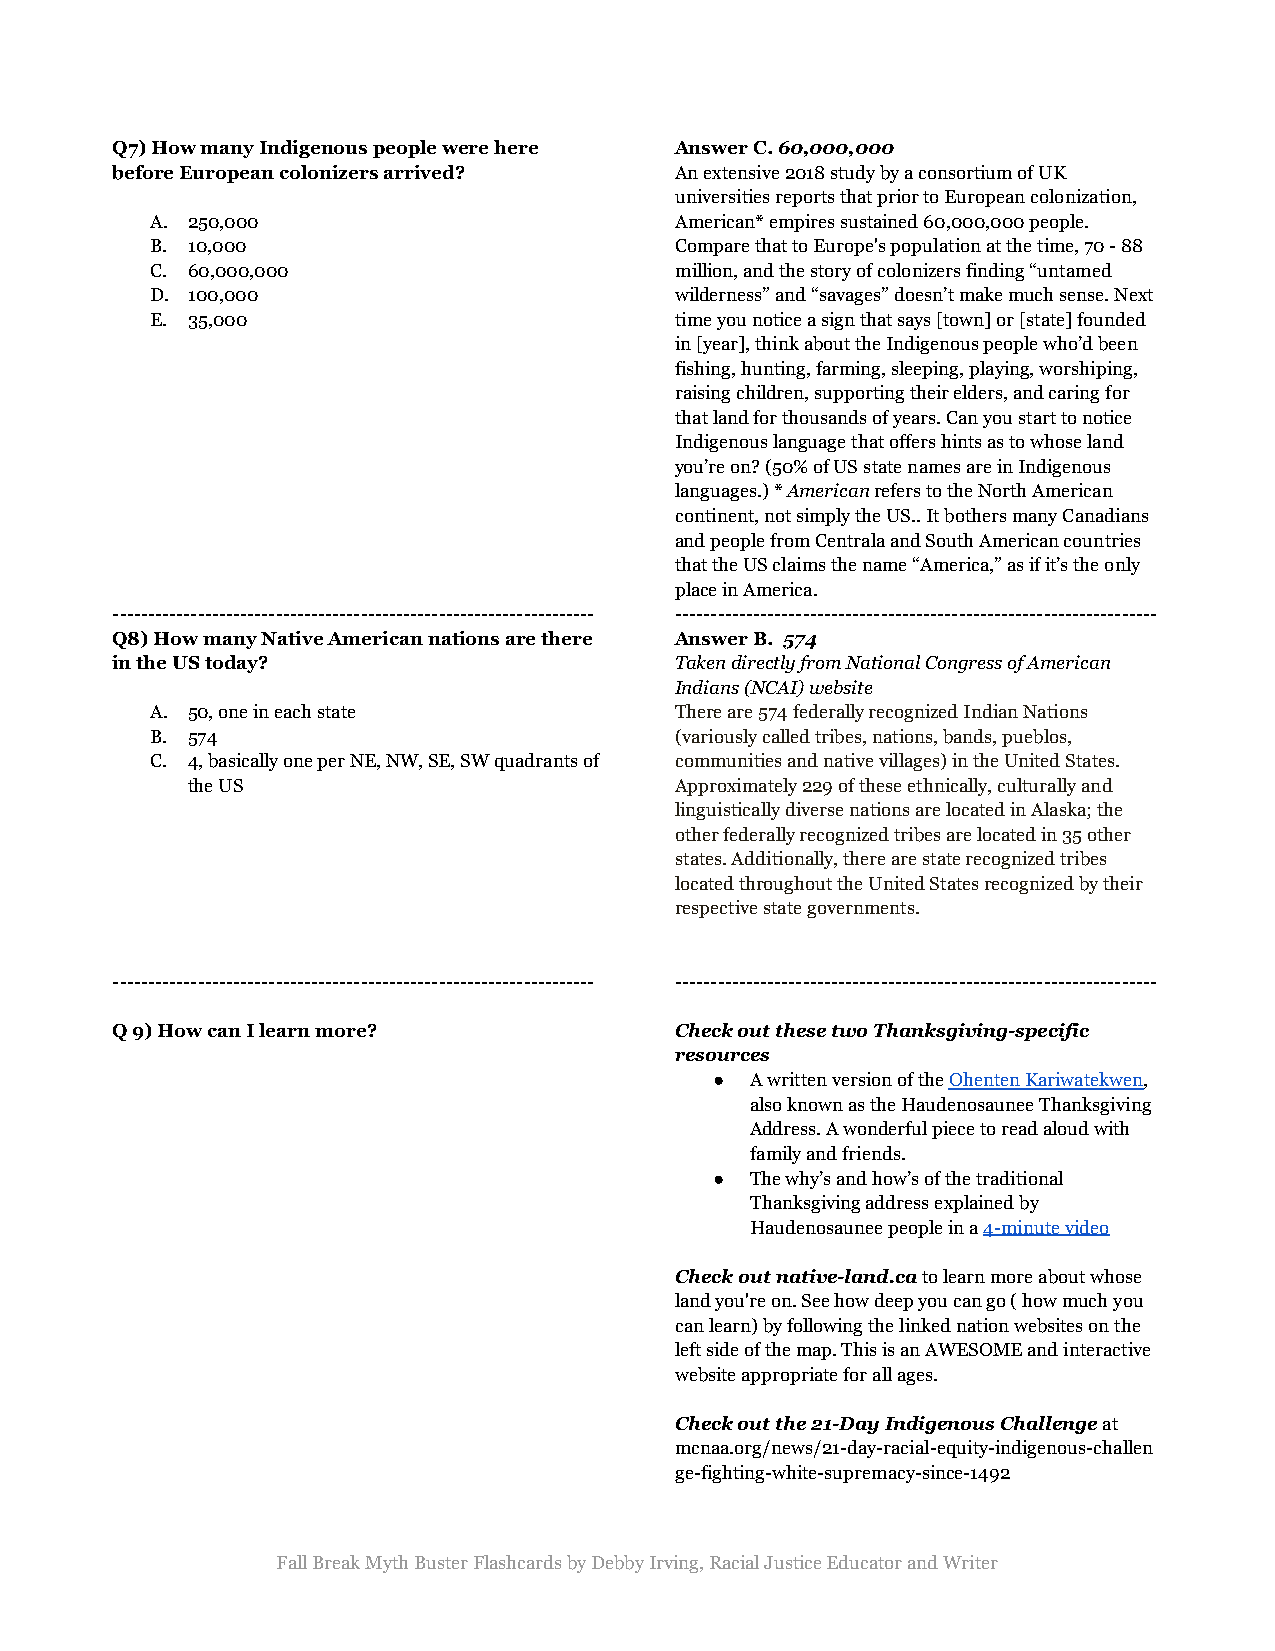
Q7) How many Indigenous people were here Answer C.60,000,000
 before European colonizers arrived?   An extensive 2018 study by a consortium of UK
 universities reports that prior to European colonization,
 A. 250,000                         American* empires sustained 60,000,000 people.
 B. 10,000                          Compare that to Europe's population at the time, 70 - 88
 C. 60,000,000                      million, and the story of colonizers finding “untamed
 D. 100,000                         wilderness” and “savages” doesn’t make much sense. Next
 E. 35,000                          time you notice a sign that says [town] or [state] founded
 in [year], think about the Indigenous people who’d been
 fishing, hunting, farming, sleeping, playing, worshiping,
 raising children, supporting their elders, and caring for
 that land for thousands of years. Can you start to notice
 Indigenous language that offers hints as to whose land
 you’re on? (50% of US state names are in Indigenous
 languages.) *Americanrefers to the North American
 continent, not simply the US.. It bothers many Canadians
 and people from Centrala and South American countries
 that the US claims the name “America,” as if it’s the only
 place in America.
 -------------------------------------------------------------------- --------------------------------------------------------------------
 Q8) How many Native American nations are there Answer B. 574
 in the US today?                      Taken directly from National Congress of American
 Indians (NCAI) website
 A. 50, one in each state           There are 574 federally recognized Indian Nations
 B. 574                             (variously called tribes, nations, bands, pueblos,
 C. 4, basically one per NE, NW, SE, SW quadrants of communities and native villages) in the United States.
 the US                           Approximately 229 of these ethnically, culturally and
 linguistically diverse nations are located in Alaska; the
 other federally recognized tribes are located in 35 other
 states. Additionally, there are state recognized tribes
 located throughout the United States recognized by their
 respective state governments.
 -------------------------------------------------------------------- --------------------------------------------------------------------
 Q 9) How can I learn more?            Check out these two Thanksgiving-specific
 resources
 ●  A written version of theOhenten Kariwatekwen,
 also known as the Haudenosaunee Thanksgiving
 Address. A wonderful piece to read aloud with
 family and friends.
 ●  The why’s and how’s of the traditional
 Thanksgiving address explained by
 Haudenosaunee people in a4-minute video
 Check out native-land.cato learn more about whose
 land you're on. See how deep you can go ( how much you
 can learn) by following the linked nation websites on the
 left side of the map. This is an AWESOME and interactive
 website appropriate for all ages.
 Check out the 21-Day Indigenous Challengeat
 mcnaa.org/news/21-day-racial-equity-indigenous-challen
 ge-fighting-white-supremacy-since-1492
 Fall Break Myth Buster Flashcards by Debby Irving, Racial Justice Educator and Writer